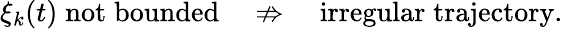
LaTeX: \xi_{k}(t)\; \mathrm{not\; bounded}\quad\not\Rightarrow\quad\mathrm{irregular\; trajectory}.